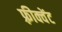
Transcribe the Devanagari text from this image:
फ़्रीक्वेंट